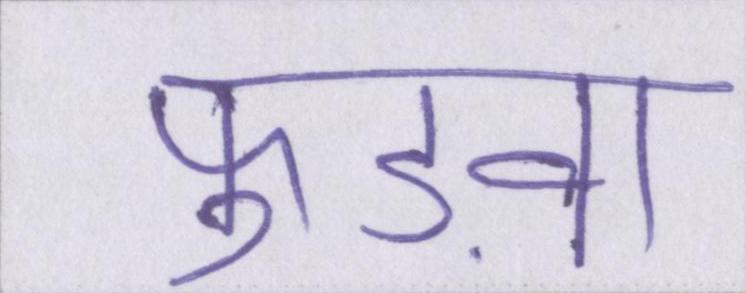
फुड़वा